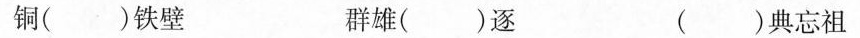
铜( )铁壁 群雄( )逐 ( )典忘祖